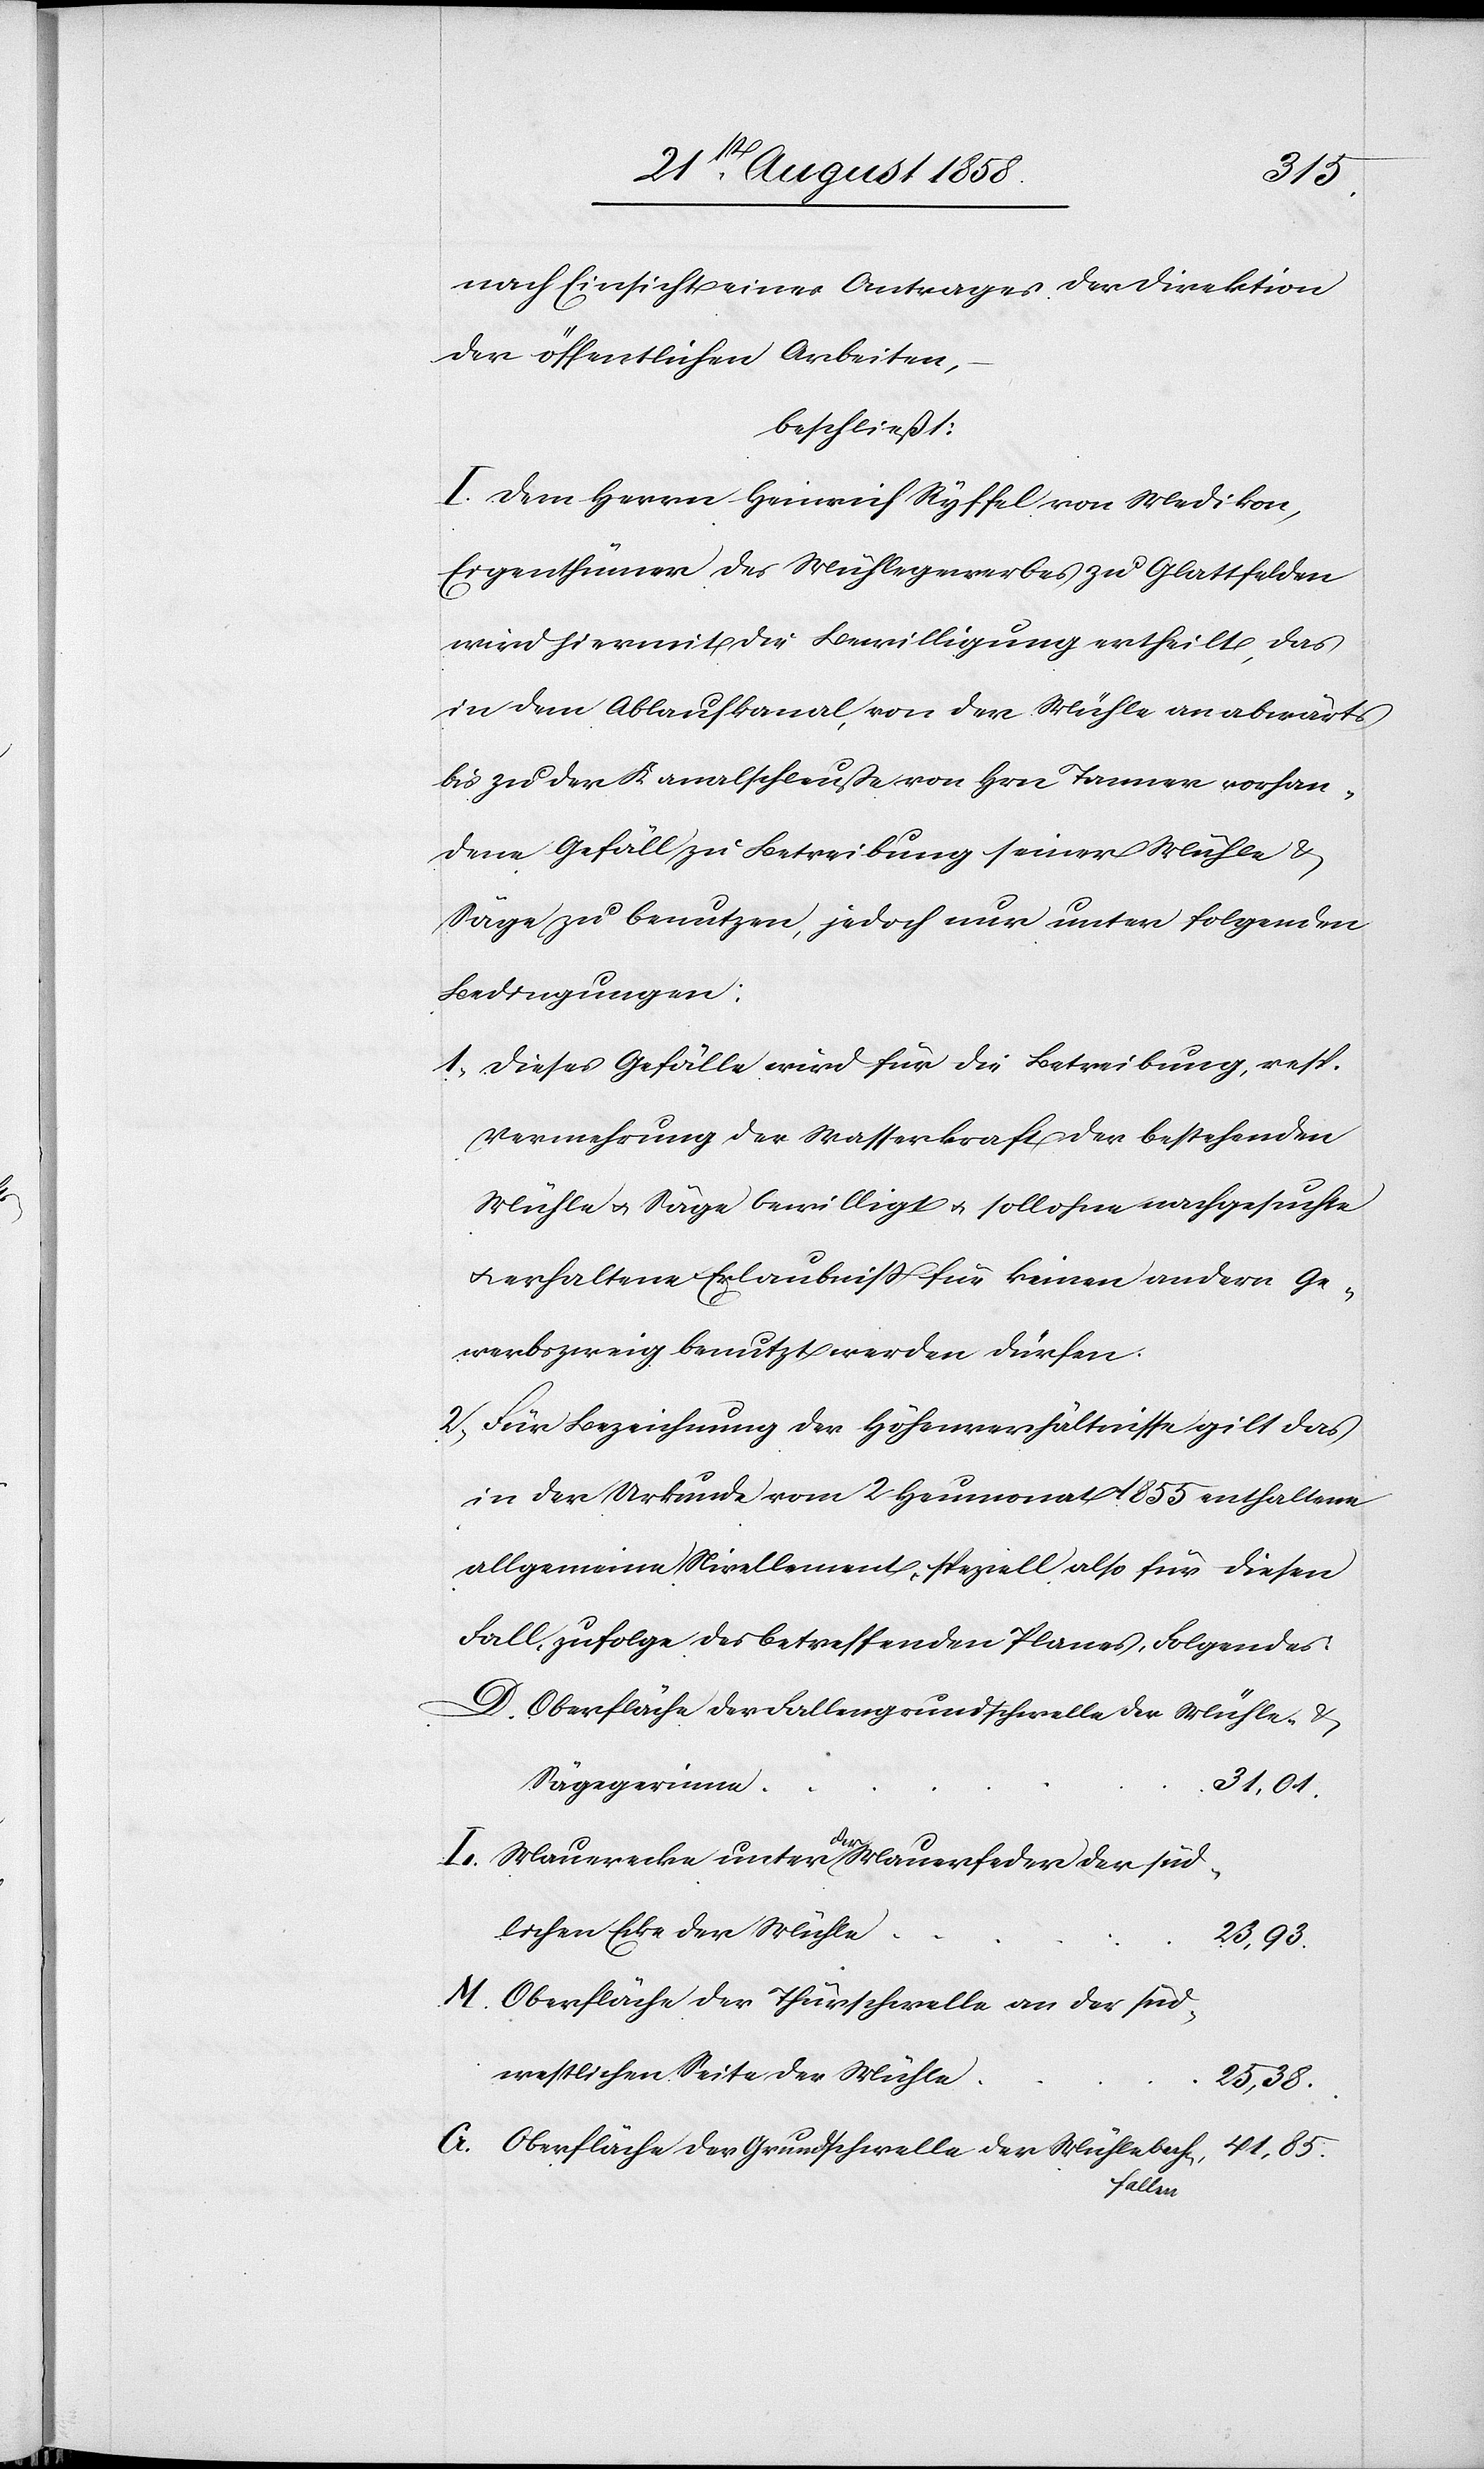
nach Einsicht eines Antrages der Direktion
der öffentlichen Arbeiten,
beschließt:
I. Dem Herrn Heinrich Ryffel von Medikon,
Eigenthümer des Mühlegewerbes zu Glattfelden
wird hiermit die Bewilligung ertheilt, das
in dem Ablaufkanal, von der Mühle an abwärts
bis zu der Kanalschleuße von Hrn. Tanner vorhan¬
dene Gefäll zu Betreibung seiner Mühle &
Säge zu benutzen, jedoch nur unter folgenden
Bedingungen:
1. Dieses Gefälle wird für die Betreibung, resp.
Vermehrung der Wasserkraft der bestehenden
Mühle & Säge bewilligt & soll ohne nachgesuchte
erhaltene Erlaubniss für keinen andern Ge¬
werbszweig benutzt werden dürfen.
2. Für Bezeichnung der Höhenverhältnisse gilt das
in der Urkunde vom 2 Heumonat 1855 enthaltene
allgemeine Nivellement, speziell also für diesen
Fall, zufolge des betreffenden Planes, Folgendes:
D. Oberfläche der Fallengrundschwelle der Mühle- &
Sägegerinn¬
e	31,01.
I. Mauerecke unter der Mauerfeder der süd¬
lichen Ecke der Mühl¬
n			41,85.
M. Oberfläche der Thürschwelle an der süd¬
westlichen Seite der Mühl¬
e	25,38.
G. Oberfläche der Grundschwelle der Mühlebach¬
falle¬